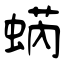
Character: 蜹